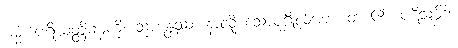
ဓမ္မံ၊ ပရိယတ္တိဓမ္မကို။ သုဏန္တဿ၊ နာလို သောပုဂ္ဂိုလ်အား။ ဝါ၊ ၏။ ပဋိသမ္ဘိဒါ၊